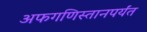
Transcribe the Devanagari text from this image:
अफगणिस्तानपर्यंत